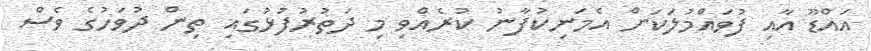
އައްޑޫ އާއި ފުވައްމުލަކަށް އެމަނިކުފާނު ކުރެއްވި މި ދަތުރުފުޅުގައި ތިން ދުވަހުގެ ވެސް